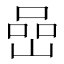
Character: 嵒